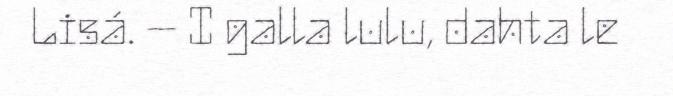
Lisá. – I galla lulu, dahta le